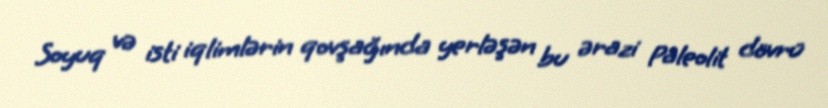
Soyuq və isti iqlimlərin qovşağında yerləşən bu ərazi Paleolit dövrü